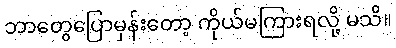
ဘာတွေပြောမှန်းတော့ ကိုယ်မကြားရလို့ မသိ။